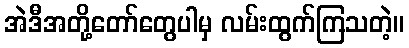
အဲဒီအတို့တော်တွေပါမှ လမ်းထွက်ကြသတဲ့။